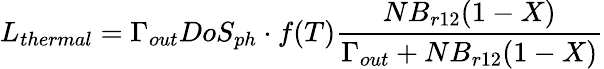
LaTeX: L_{thermal}=\Gamma_{out}DoS_{ph}\cdot f(T)\frac{NB_{r12}(1-X)}{\Gamma_{out}+NB_{r12}(1-X)}